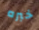
خبره